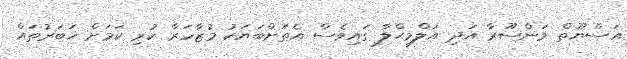
އަސްޔޫތް މަންސޫރާ އަދި އަލްމިޙްލާ ގައިވެސް އެތަށްބަޔަކު މުޒާހަރާ ކުރި ކަމަށް ޚަބަރުތައް